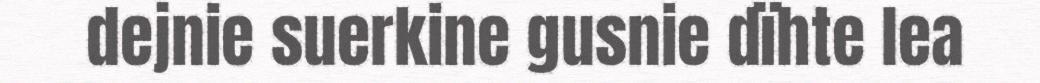
dejnie suerkine gusnie dïhte lea